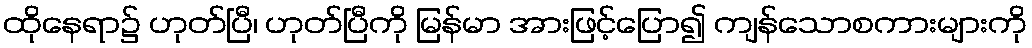
ထိုနေရာ၌ ဟုတ်ပြီ၊ ဟုတ်ပြီကို မြန်မာ အားဖြင့်ပြော၍ ကျန်သောစကားများကို